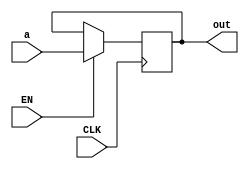
`timescale 1ns / 1ps
//////////////////////////////////////////////////////////////////////////////////
// Company: 
// Engineer: 
// 
// Design Name: 
// Module Name: IR
// Project Name: 
// Target Devices: 
// Tool Versions: 
// Description: 
// 
// Dependencies: 
// 
// Revision:
// Revision 0.01 - File Created
// Additional Comments:
// 
//////////////////////////////////////////////////////////////////////////////////


module IR #(parameter WL =32) (
    input CLK,EN,
    input [WL-1:0] a,
    output reg [WL-1:0] out
    );
  
//   reg [WL-1:0] a_reg;
     
    always @(posedge CLK) begin
   
     
   if(EN) begin
//    a_reg <= a;
     out<= a;
    end
    
//    else
//    assign out = a_reg;  //do I need assign?
    
    end
    
endmodule